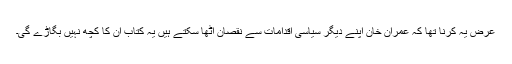
عرض یہ کرنا تھا کہ عمران خان اپنے دیگر سیاسی اقدامات سے نقصان اٹھا سکتے ہیں یہ کتاب ان کا کچھ نہیں بگاڑے گی۔